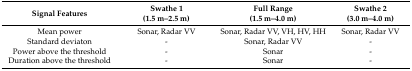
| Signal Features | Swathe 1 (1.5 m–2.5 m) | Full Range (1.5 m–4.0 m) | Swathe 2 (3.0 m–4.0 m) |
 | --- | --- | --- | --- |
 | Mean power | Sonar, Radar VV | Sonar, Radar VV, VH, HV, HH | Sonar, Radar VV |
 | Standard deviaton | - | Sonar, Radar VV | - |
 | Power above the threshold | - | Sonar | - |
 | Duration above the threshold | - | Sonar | - |